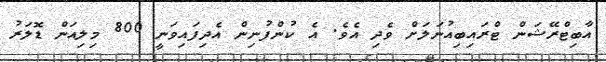
އާބިޓްރޭޝަން ޓްރައިބިއުނަލަށް ވެދި އެވެ. އެ ކުންފުނިން އެދިފައިވަނީ 800 މިލިއަން ޑޮލަރު